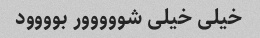
خیلی خیلی شووووور بوووود